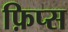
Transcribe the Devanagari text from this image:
फ़िप्स